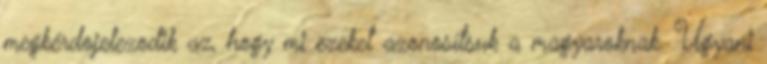
megkérdojelezodik az, hogy mi ezeket azonosítsuk a magyaroknak. Ugyani